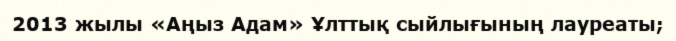
2013 жылы «Аңыз Адам» Ұлттық сыйлығының лауреаты;